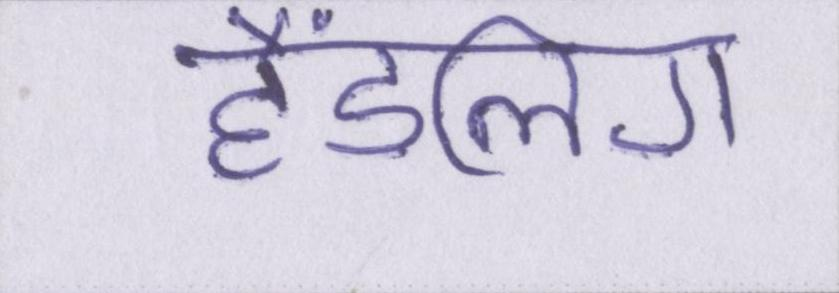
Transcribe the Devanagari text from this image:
हैंडलिंग